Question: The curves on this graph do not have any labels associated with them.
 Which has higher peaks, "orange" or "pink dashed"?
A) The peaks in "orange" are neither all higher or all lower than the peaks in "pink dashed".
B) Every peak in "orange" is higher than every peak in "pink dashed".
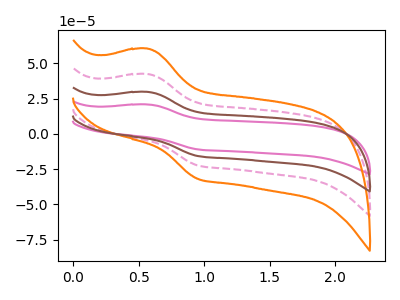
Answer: <think>The pink curve "pink" has an anodic peak at (0.55V, 127.15uA) and a cathodic peak at (0.95V, -67.15uA). The pink dashed curve "pink dashed" has an anodic peak at (0.55V, 42.40uA) and a cathodic peak at (0.95V, -22.40uA). The orange curve "orange" has an anodic peak at (0.55V, 60.40uA) and a cathodic peak at (0.95V, -31.90uA). The brown curve "brown" has an anodic peak at (0.55V, 84.75uA) and a cathodic peak at (0.95V, -44.75uA).</think>
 <answer>B) Every peak in "orange" is higher than every peak in "pink dashed".</answer>
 <eval>B</eval>